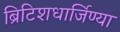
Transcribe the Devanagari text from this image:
ब्रिटिशधार्जिण्या